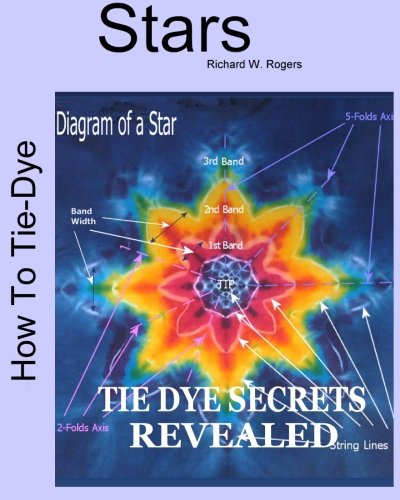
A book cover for How to Tie-dye Stars: Book 2 of the Tie-Dye Art Series; Richard W. Rogers; Crafts, Hobbies & Home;